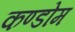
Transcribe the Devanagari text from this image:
कण्डोम